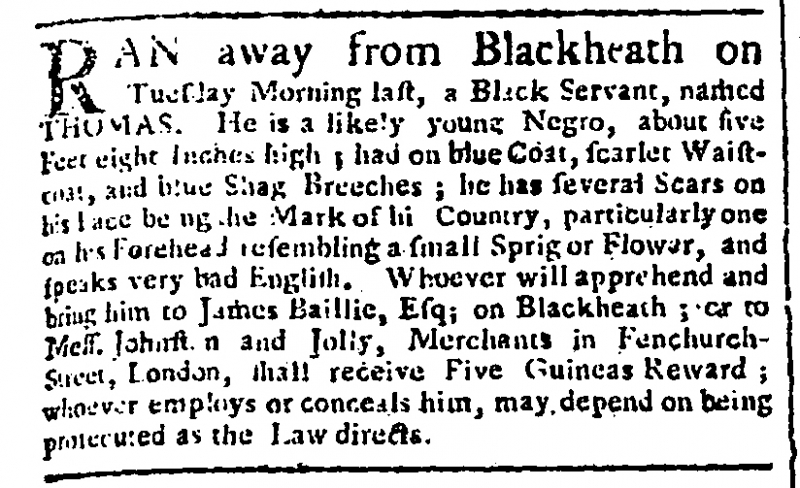
Gazetteer and New Daily Advertiser, 14 February 1765 (England)
RAN away from Blackheath on Tuesday Morning last, a Black Servant, named THOMAS. He is a likely young Negro, about five Feet eight Inches high; had on blue Coat, scarlet Waistcoat, and blue Shag Breeches; he has several Scars on his Face being the Mark of his Country, particularly one on his Forehead resembling a small Sprig or Flower, and speaks very bad English. Whoever will apprehend and bring him to James Baillie, Esq; on Blackheath; or to Mess. Johnston and Jolly, Merchants in Fenchurch-Street, London, shall receive Five Guineas Reward; whoever employs or conceals him, may depend on being prosecuted as the Law directs.